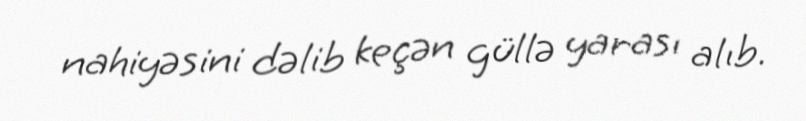
nahiyəsini dəlib keçən güllə yarası alıb.